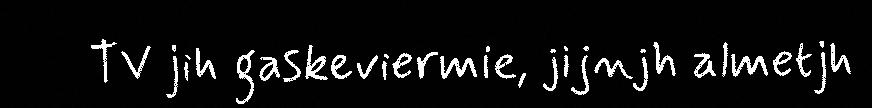
TV jih gaskeviermie, jijnjh almetjh